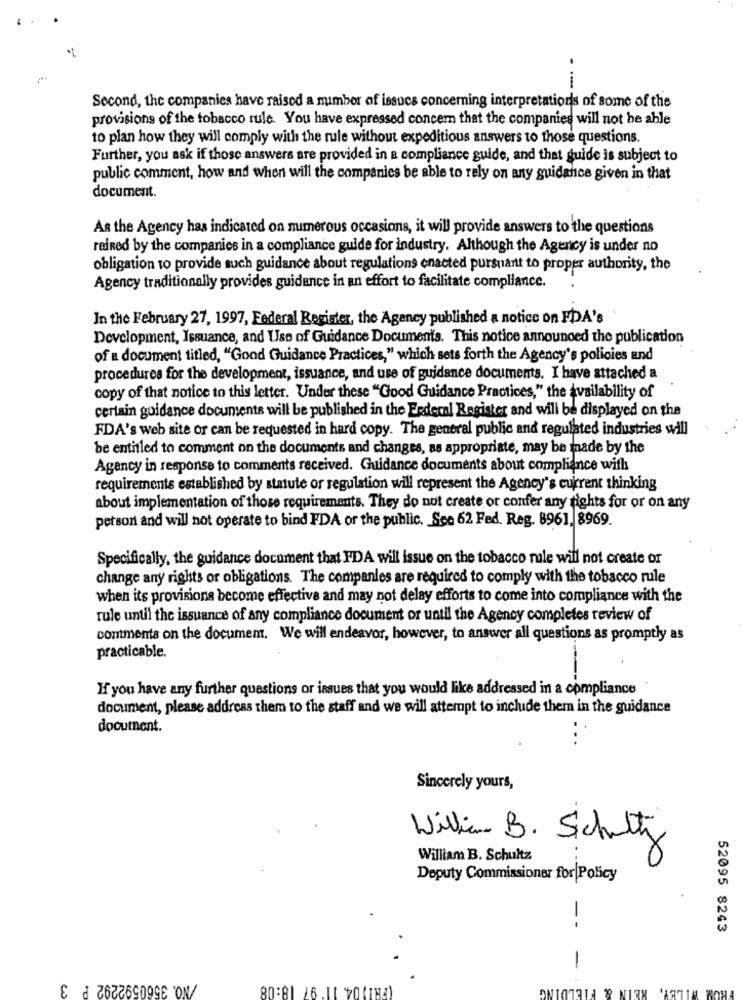
---
Second, the companies have raised a mimber of issues concerning interpretations of some of the
provisions of the tobacco rule. You have expressed concem that the companies will not be able
to plan how they will comply with the rule without expeditious answers to those questions.
Further, you ask if those answers are provided in a compliance guide, and that guide is subject to
public comment, how and when will the companies be able to rely on any guidance given in that
document.
As the Agency has indicated on mimerous occasions, it will provide answers to the questions
raiRed by the companies in a compliance guide for industry. Although the Agency is under no
obligation to provide such guidance about regulations enacted pursuant to proper authority, the
Agency traditionally provides guidance in an effort to facilitate compliance.
In the February 27, 1997, Federal Register, the Agency published a notice on FDA's
Development, Issuance, and Use of Guidance Documents. This notice announced the publication
of a document titled, "Good Guidance Practices," which sets forth the Agency's policies and
procedures for the development, issuance, and use of guidance documents. I have attached a
copy of that notice to this letter. Under these "Good Guidance Practices," the Availability of
certain guidance documents will be published in the Federal Register and will be displayed on the
FDA's web site or can be requested in hard copy. The general public and regulated industries will
be entitled to comment on the documents and changes, as appropriate, may be made by the
Agency in response to comments received. Guidance documents about compliance with
requirements established by statute or regulation will represent the Agency's current thinking
about implementation of those requirements. They do not create or confer any fights for or on any
person and will not operate to bind FDA or the public. Sco 62 Fed. Reg. 8961. 8969.
Specifically, the guidance document that FDA will issue on the tobacco male will not create or
change any rights or obligations. The companies are required to comply with the tobacco rule
when its provisions become effective and may not delay efforts to come into compliance with the
rule until the issuance of any compliance document or until the Agency completes review of
contments on the document. We will endeavor, however, to answer all questions as promptly as
practicable.
If you have any further questions or issues that you would like addressed in a compliance
document, please address them to the staff and we will attempt to include them in the guidance
document.
Sincerely yours,
William B. Schultz
William B. Schultz
Deputy Commissioner for Policy
--
52095 8243
-
/NO. 3560592292 P 3
(PRI) 04. 11' 97 18:08
IELDING